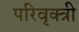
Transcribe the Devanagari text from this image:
परिवृक्त्री